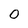
Character: 0